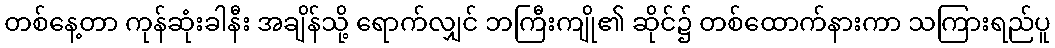
တစ်နေ့တာ ကုန်ဆုံးခါနီး အချိန်သို့ ရောက်လျှင် ဘကြီးကျို၏ ဆိုင်၌ တစ်ထောက်နားကာ သကြားရည်ပူ